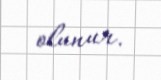
olunur.